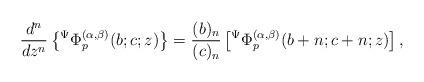
LaTeX: \begin{align*}\frac{d^{n}}{dz^{n}}\left\lbrace {}^{\Psi}\Phi_{p}^{(\alpha,\beta)}(b;c;z)\right\rbrace =\frac{(b)_{n}}{(c)_{n}}\left[ {}^{\Psi}\Phi_{p}^{(\alpha,\beta)}(b+n;c+n;z)\right],\end{align*}